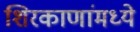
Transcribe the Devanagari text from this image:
शिरकाणांमध्ये